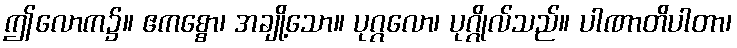
ဤလောက၌။ ဧကစ္စော၊ အချို့သော။ ပုဂ္ဂလော၊ ပုဂ္ဂိုလ်သည်။ ပါဏာတိပါတာ၊